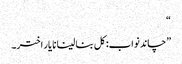
“
”چاند نواب: کل بنا لینا نا یار اختر۔